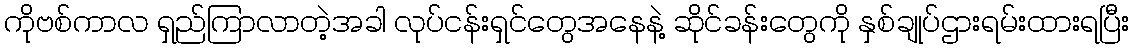
ကိုဗစ်ကာလ ရှည်ကြာလာတဲ့အခါ လုပ်ငန်းရှင်တွေအနေနဲ့ ဆိုင်ခန်းတွေကို နှစ်ချုပ်ဌားရမ်းထားရပြီး